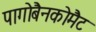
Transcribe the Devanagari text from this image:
पागोबैनकोमैट